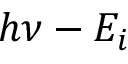
h \nu - E _ { i }